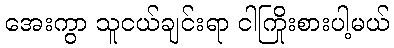
အေးကွာ သူငယ်ချင်းရာ ငါကြိုးစားပါ့မယ်